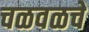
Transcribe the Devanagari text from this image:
चळवळचे